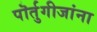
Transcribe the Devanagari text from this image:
पॊर्तुगीजांना